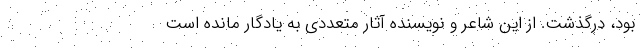
بود، درگذشت. از این شاعر و نویسنده آثار متعددی به یادگار مانده است